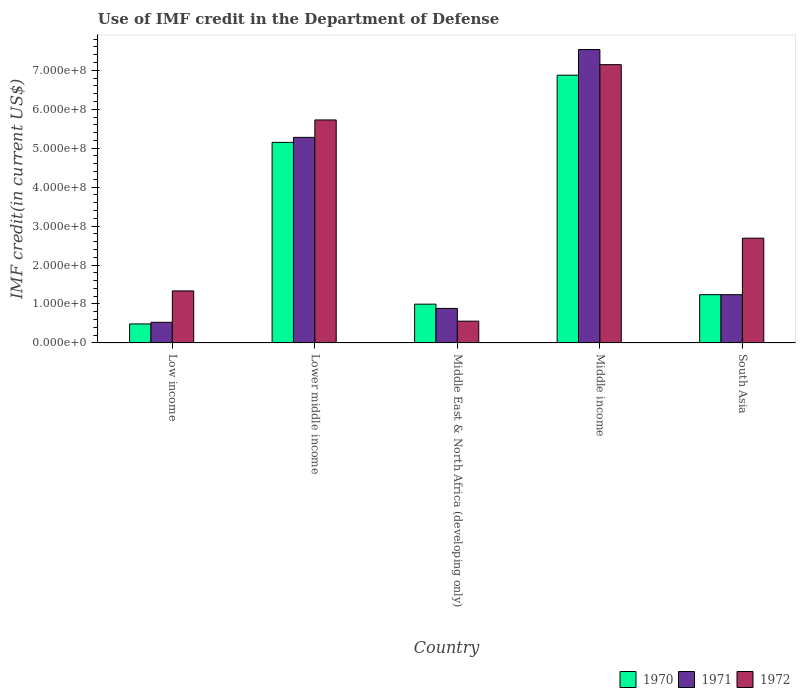
| Country | 1970 | 1971 | 1972 |
 | --- | --- | --- | --- |
 | Low income | 4.88e+07 | 5.3e+07 | 1.34e+08 |
 | Lower middle income | 5.15e+08 | 5.28e+08 | 5.73e+08 |
 | Middle East & North Africa (developing only) | 9.96e+07 | 8.86e+07 | 5.59e+07 |
 | Middle income | 6.87e+08 | 7.53e+08 | 7.14e+08 |
 | South Asia | 1.24e+08 | 1.24e+08 | 2.69e+08 |